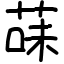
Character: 菋